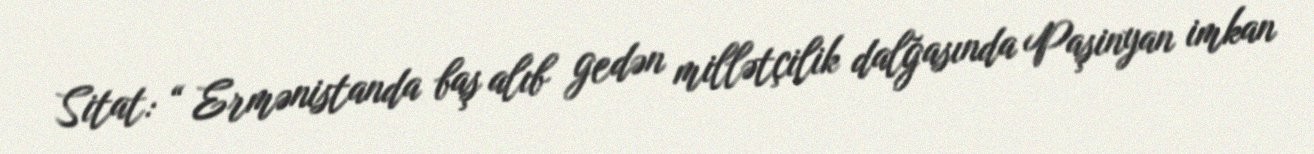
Sitat: “ Ermənistanda baş alıb gedən millətçilik dalğasında Paşinyan imkan